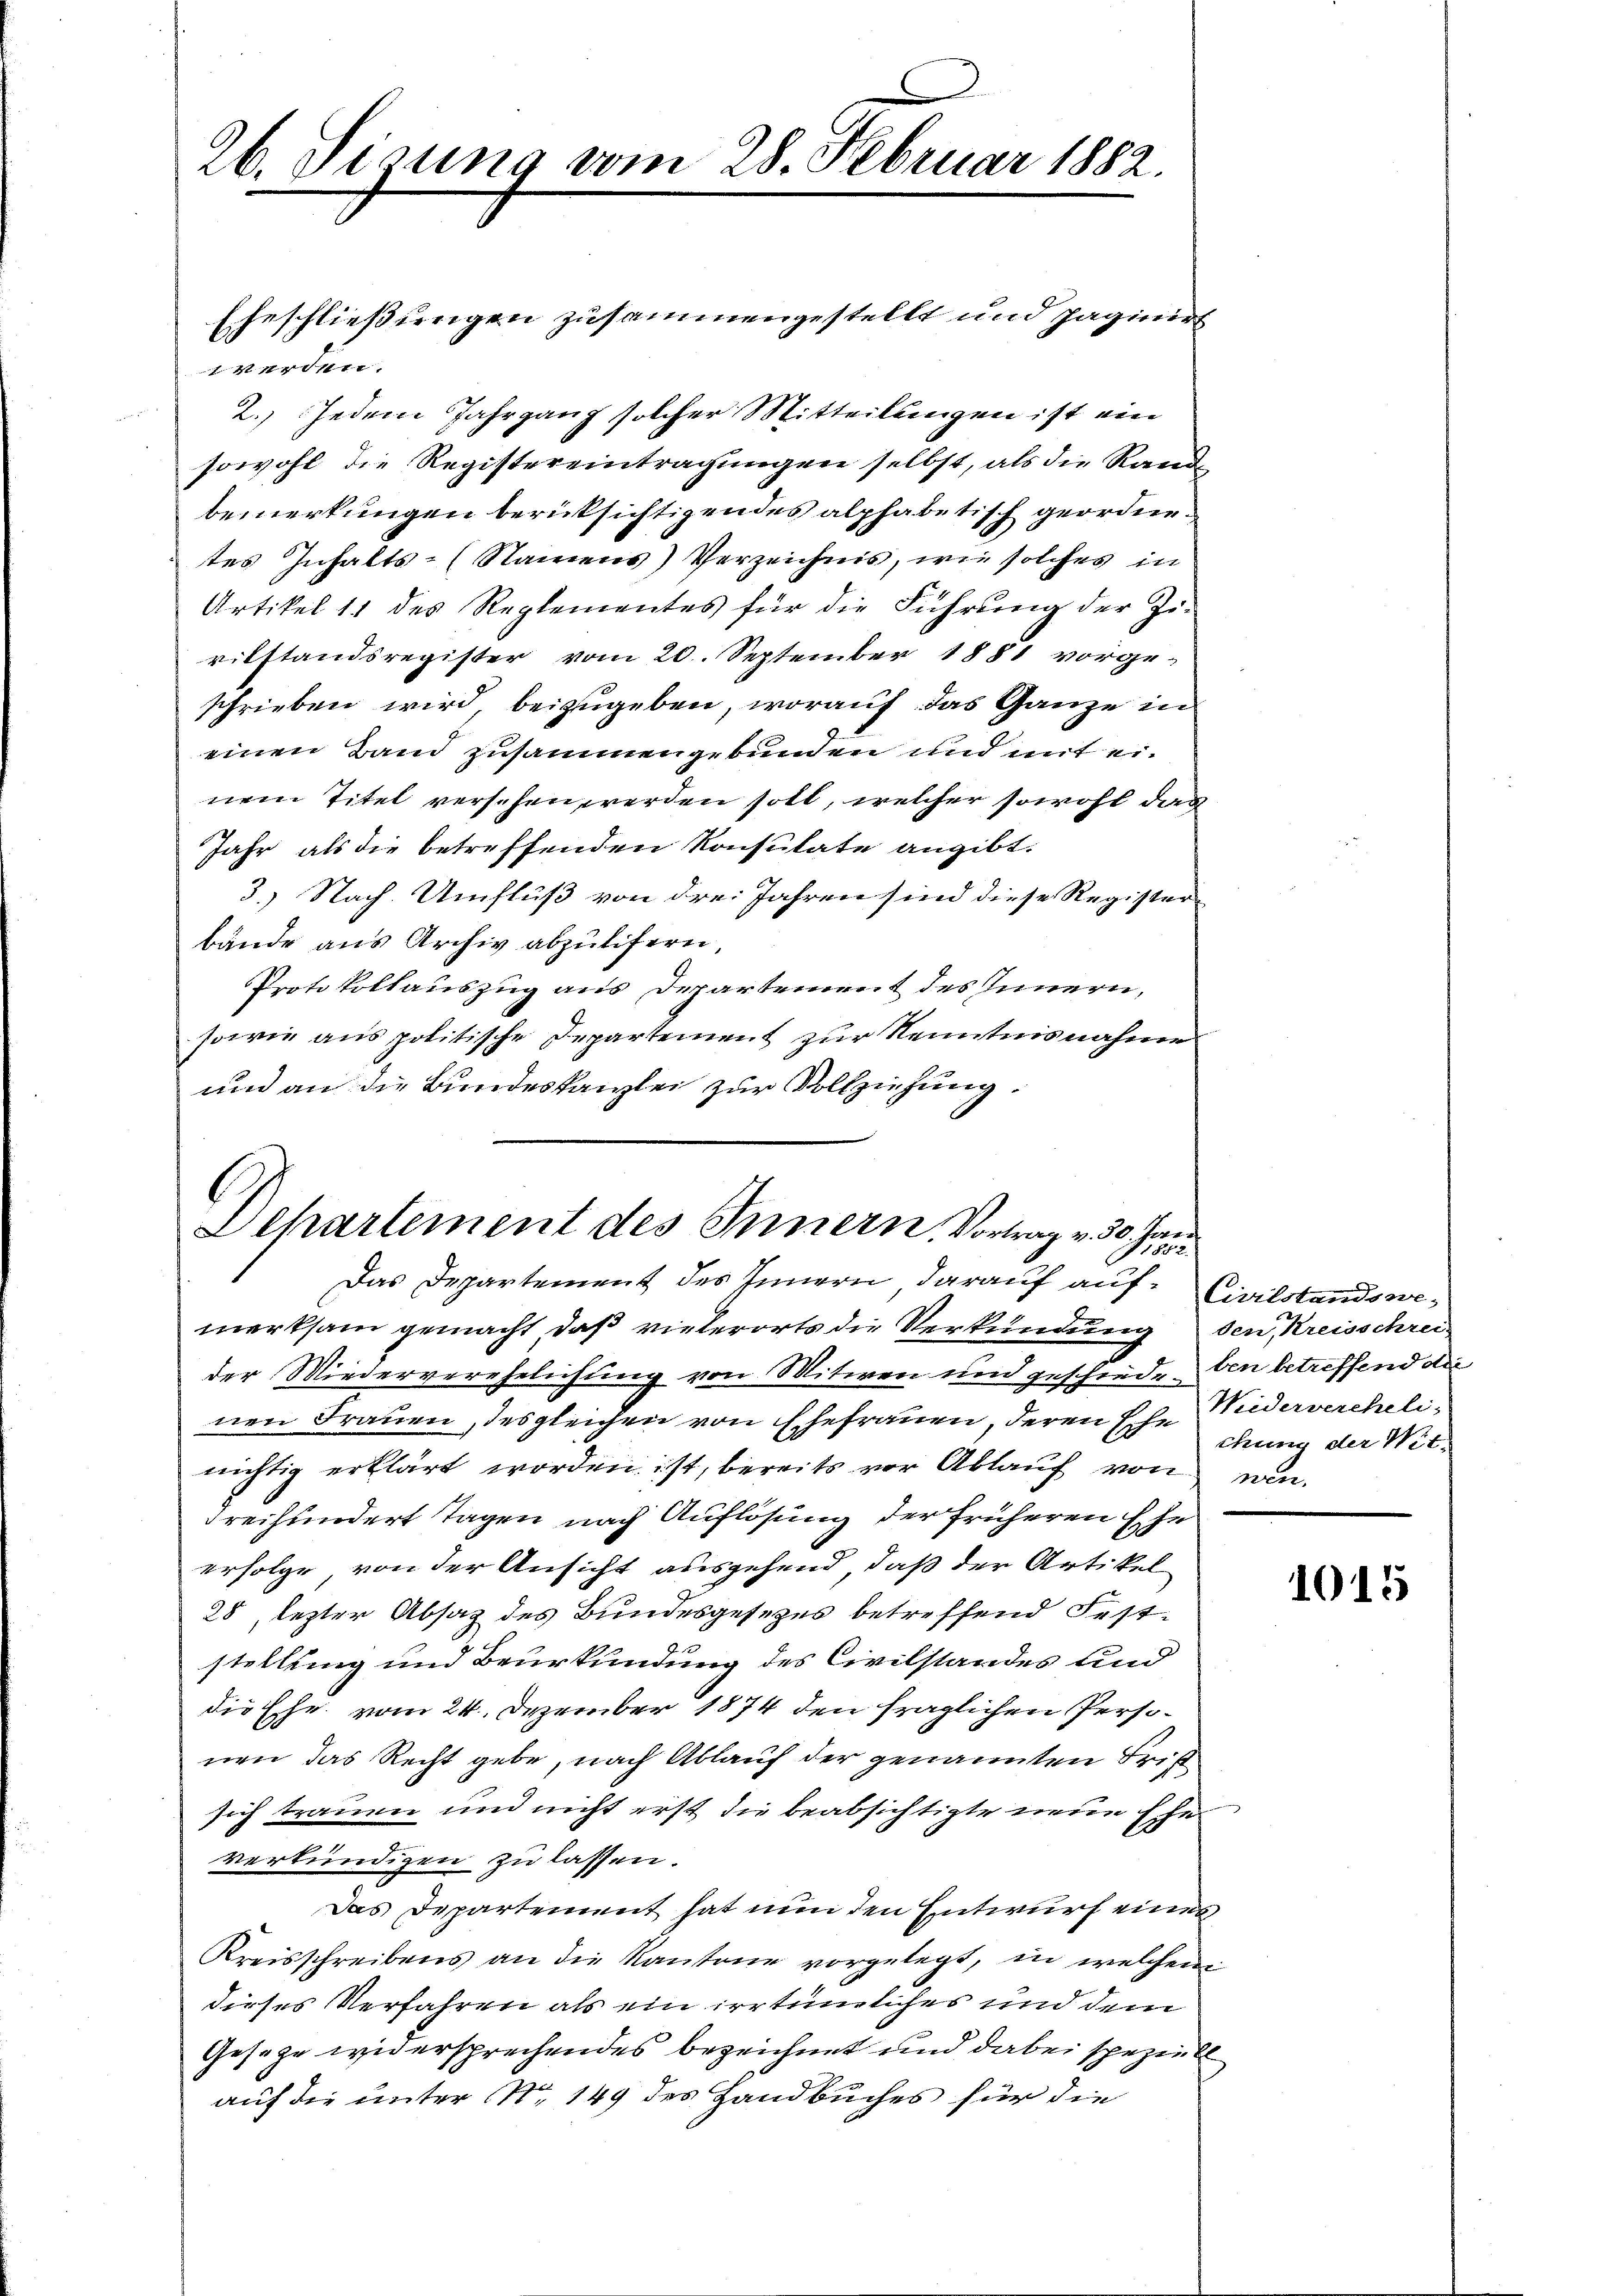
26. Sisung vom 28. Februar 1882.

i
2. Jedem Jahrgang solcher Mitteilungen ist ein
sowohl die Registereintragungen selbst, als die Randbemerkungen berücksichtigen des alphabetisch geordnetes Inhalts-Namens) Verzeichnis, wie solches in
Artikel 11 des Reglementes für die Führŭng der Zi-
ritstandsregister vom 20. September 1881 vorge-
schrieben wird, beizugeben, worauf das Ganze in
einen Band zusammengebunden und mit einem Titel versehen werden soll, welcher sowohl den
Jahr als die betreffenden Konsulate angibt.
3.) Nach. Umfluß von drei Jahren sind diese Register
bände aus Archiv abzulifern,
Protokollauszug aus Departement des Innern,
sowie aus politische Departement zur Kenntnisnahme
und an die Bundeskanzlei zur Vollziehung.

Eheschließungen zusammengestellt und paginirt

Departement des Innern, Vortrag v. 30. Jennen
Das Departement des Innern darauf auf: Civilstands we¬

merksam gemacht, daß vielerorts die Verkündung den, Kreisschreider Wiederverehelichung von Mitwen und geschiede den betreffend die
nen Frauen, desgleichen von Ehefrauen, deren Ehe Niederverehelinichtig erklärt worden ist, bereits vor Ablauf von wie¬
Freihundert Tagen nach Auflösung der früheren Ehe
erfolge von der Ansicht ausgehend, daß der Artikel
28, lezter Absatz des Bundesgesetzes betreffend Fest¬
212
stellung und Beurkundung des Civilstandes und
die Ehe vom 24. Dezember 1874 den fraglichen Personen das Recht gebe, nach Ablauf der genannten Frist
sich trauen und nicht erst die beabsichtigte neue Ehe
verkündigen zu lassen.
Das Departement hat nun den Entwurf eines
Kreisschreibens an die Kantone vorgelegt, in welchem
dieses Verfahren als ein irrtümliches und dem
Gesetze widersprechendes bezeichnet und dabei speziel
auf die unter Nr. 149 des Handbuches für die

chung der Wit¬

1015